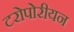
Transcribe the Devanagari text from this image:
टरोपोरीयन